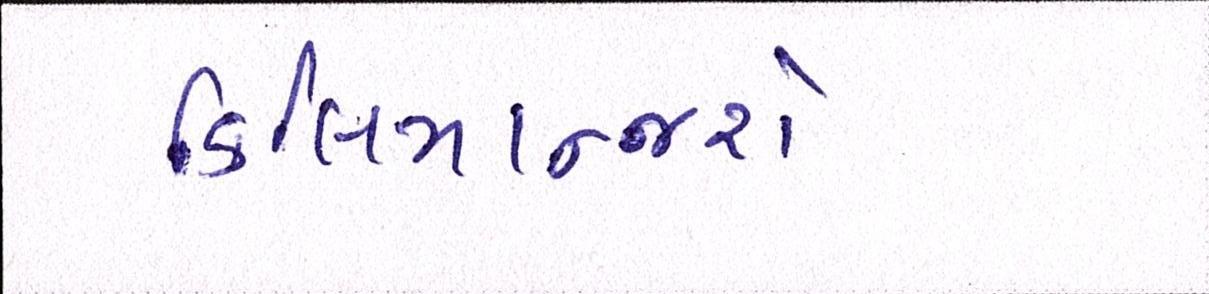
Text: કિલિમાન્જરો